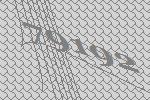
79192